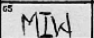
Transcription: MIW